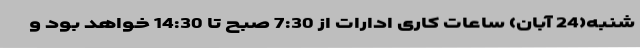
شنبه(24 آبان) ساعات کاری ادارات از 7:30 صبح تا 14:30 خواهد بود و